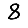
Digit: 8